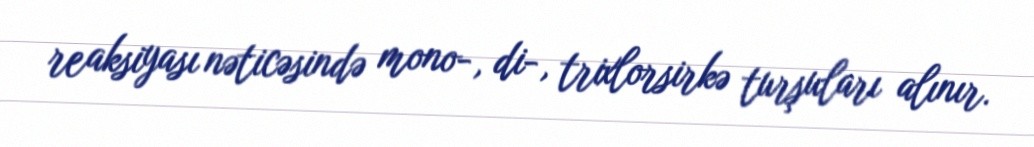
reaksiyası nəticəsində mono-, di-, trixlorsirkə turşuları alınır.